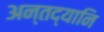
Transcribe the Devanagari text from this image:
अन्तद्यानि